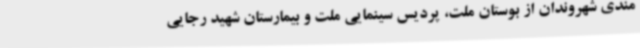
مندی شهروندان از بوستان ملت، پردیس سینمایی ملت و بیمارستان شهید رجایی